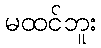
မထင်ဘူး